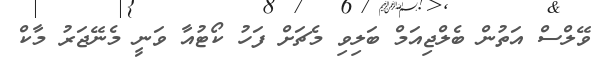
ވޭލްސް އަތުން ބެލްޖިއަމް ބަލިވި މެޗަށް ފަހު ކޯޓުއާ ވަނީ މެނޭޖަރު މާކް